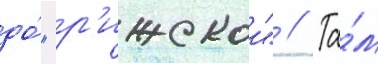
до́ "р'ижскои" // Та́м